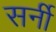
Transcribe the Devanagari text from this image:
सर्नी